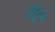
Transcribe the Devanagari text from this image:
बैंपो